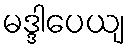
မဒ္ဒါပေယျ